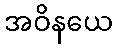
အဝိနယေ